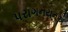
પરાગનયનએ